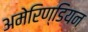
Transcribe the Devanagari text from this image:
अमेरिण्डियन